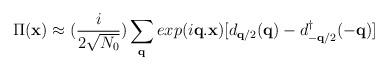
LaTeX: \begin{align*}\Pi({\bf{x}}) \approx (\frac{i}{2\sqrt{N_{0}}})\sum_{ {\bf{q}} }exp(i{\bf{q.x}})[d_{ {\bf{q}}/2 }({\bf{q}}) - d^{\dagger}_{ -{\bf{q}}/2 }(-{\bf{q}})]\end{align*}